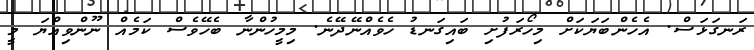
ރަނގަޅަސް. އެހެންބަޔަކަށް މިހޯރަފުށި ބައިގަނޑު ހެވެއްނޭދޭނެ. މިމީހުންނާ ބެހޭވެސް ކަމެއް ނޫންވިއްޔަ މީ